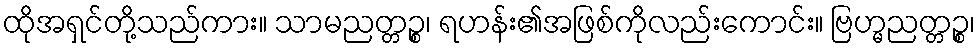
ထိုအရှင်တို့သည်ကား။ သာမညတ္တဉ္စ၊ ရဟန်း၏အဖြစ်ကိုလည်းကောင်း။ ဗြဟ္မညတ္တဉ္စ၊